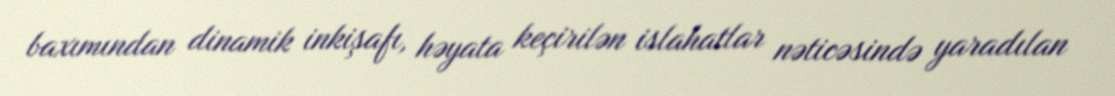
baxımından dinamik inkişafı, həyata keçirilən islahatlar nəticəsində yaradılan